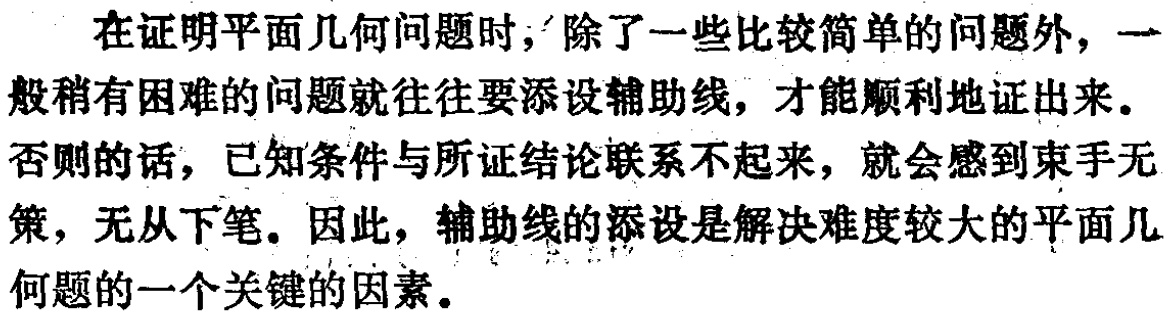
在证明平面几何问题时，除了一些比较简单的问题外，一般稍有困难的问题就往往要添设辅助线，才能顺利地证出来。否则的话，已知条件与所证结论联系不起来，就会感到束手无策，无从下笔。因此，辅助线的添设是解决难度较大的平面几何题的一个关键的因素。